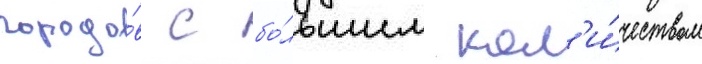
городо́в с бо́льшим кол'и́чеством